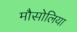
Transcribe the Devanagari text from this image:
मौसोलिया